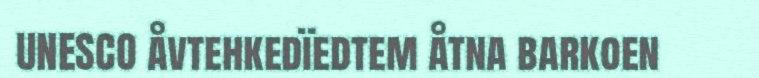
UNESCO åvtehkedïedtem åtna barkoen